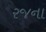
રજના